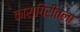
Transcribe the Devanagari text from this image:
कारागिरीतला